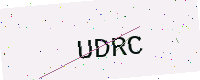
Text: UDRC